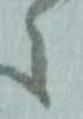
之